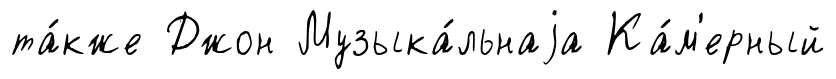
та́кже Джон Музыка́льнаjа Ка́м'ерный